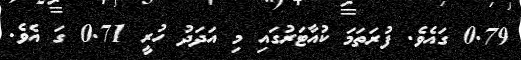
0.79 ގައެވެ. ފުރަތަމަ ކުއާޓަރުގައި މި އަދަދު ހުރީ 0.71 ގަ އެވެ.